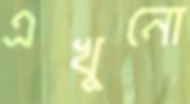
এখুনো